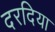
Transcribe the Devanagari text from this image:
दरदिया